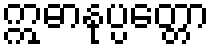
ဣဓာနုပ္ပတ္တော